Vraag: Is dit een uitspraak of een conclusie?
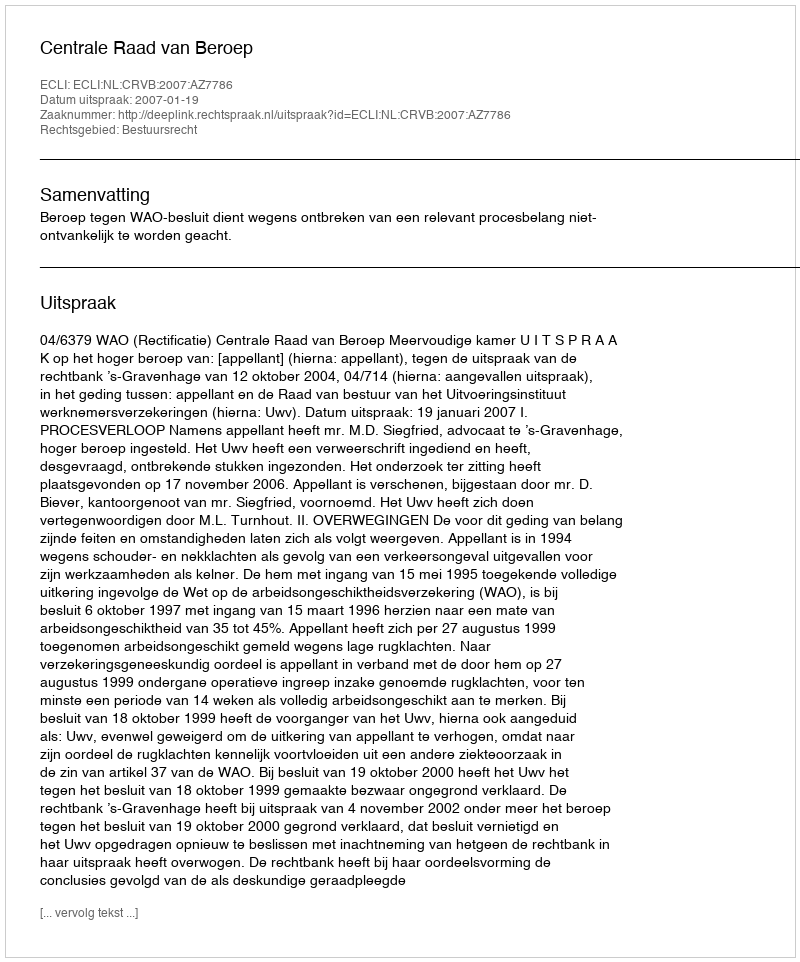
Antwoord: Uitspraak